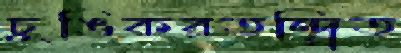
চুঙিকরতন্দ্র্রিত